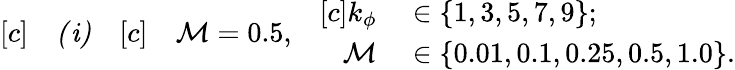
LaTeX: \begin{array}{rl}{[c]}&{{}\mathit{(i)}}\end{array}\quad\begin{array}{rl}{[c]}&{{}\mathcal{M}=0.5,}\end{array}\quad\begin{array}{rl}{[c]k_{\phi}}&{{}\in\{ 1,3,5,7,9\} ;}\\ {\mathcal{M}}&{{}\in\{ 0.01,0.1,0.25,0.5,1.0\} .}\end{array}